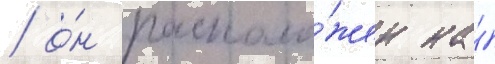
/ о́н располо́жен на́